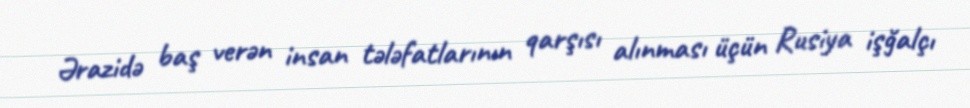
Ərazidə baş verən insan tələfatlarının qarşısı alınması üçün Rusiya işğalçı